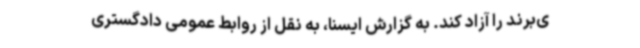
ی‌برند را آزاد کند. به گزارش ایسنا، به نقل از روابط عمومی دادگستری